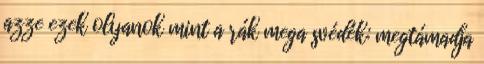
azze ezek olyanok mint a rák mega svédék: megtámadja